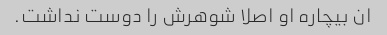
ان بیچاره او اصلا شوهرش را دوست نداشت.